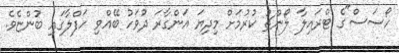
ހޯސަސް"ގެ ޓްރައިލާ ލޯންޗު ކުރުމަށް މިދިޔަ އަންގާރަ ދުވަހު ބޭއްވި ހަފްލާގައި ބުންޏެވެ.